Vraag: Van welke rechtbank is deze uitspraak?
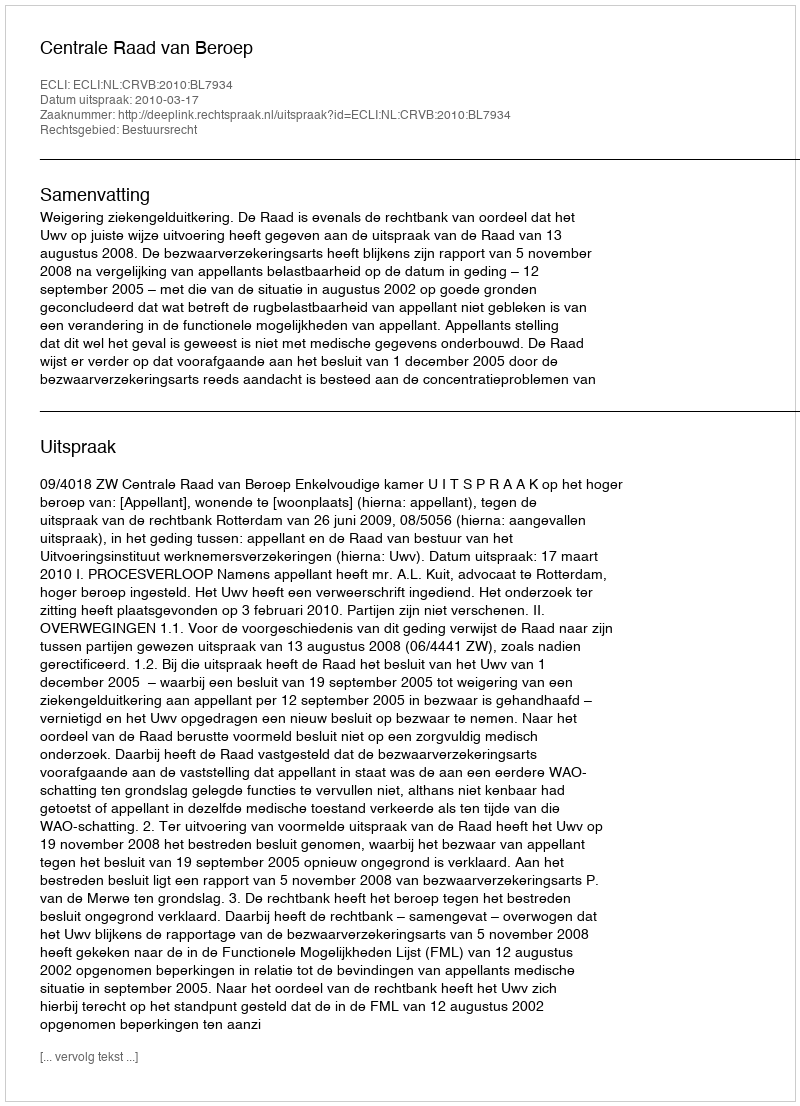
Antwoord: Centrale Raad van Beroep